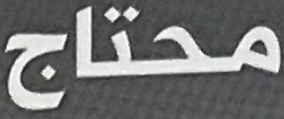
محتاج